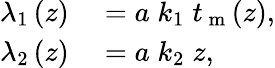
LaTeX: \begin{array}{rl}{\lambda_{1}\left(z\right)}&{{}=a\; k_{1}\; t_{\mathrm{~m~}}(z),}\\ {\lambda_{2}\left(z\right)}&{{}=a\; k_{2}\; z,}\end{array}